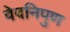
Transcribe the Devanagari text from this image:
वेदनिपुण